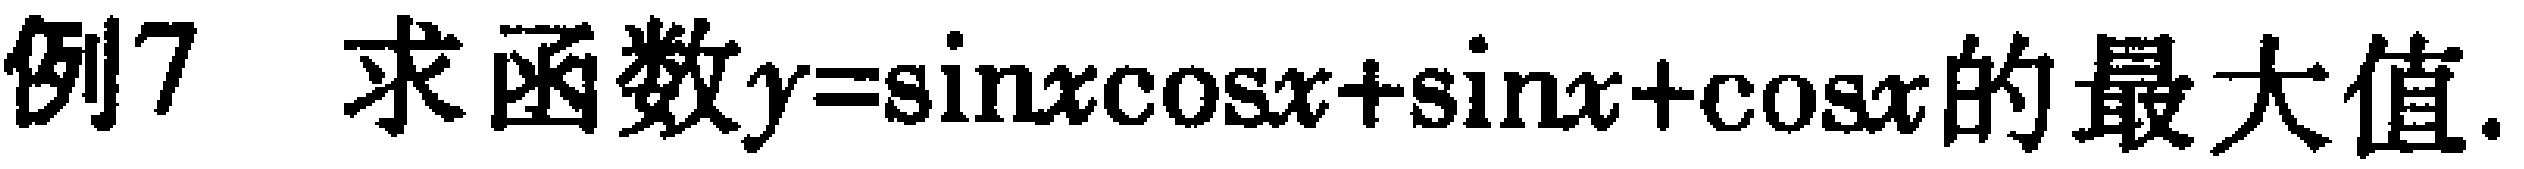
例7 求函数\(y = \sin x\cos x+\sin x+\cos x\)的最大值.